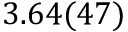
3 . 6 4 ( 4 7 )